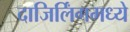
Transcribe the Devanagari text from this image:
दाजिर्लिंगमध्ये